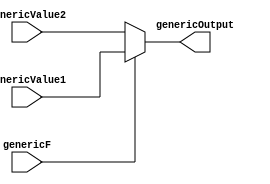
/*------------------------------------------------------------------ 
-- Haley Whitman & Andrew Hill
-- May 2016
-- CAES: Computer Architecture and Embedded Systems Laboratory
-- University of Oregon
-- Eugene, OR
-- 
--  
-- Filename: Mux_2to1.v
--
-----------------------------------------------------------------*/

module Mux_2to1(
	input[31:0] genericValue1,
	input[31:0] genericValue2,
	input genericF,
	output[31:0] genericOutput
	);

assign genericOutput = (genericF) ? genericValue1 : genericValue2;

endmodule